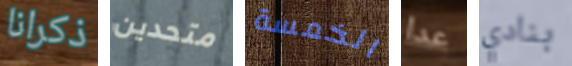
ذكرانا متحدين الخمسة عدا بنادي